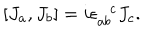
LaTeX: [ J _ { a } , J _ { b } ] = i \epsilon _ { a b } ^ { \phantom { a b } c } J _ { c } .